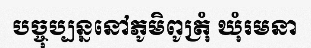
បច្ចុប្បន្ននៅភូមិពូត្រុំ ឃុំរមនា